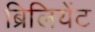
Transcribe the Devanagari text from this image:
ब्रिलियेंट